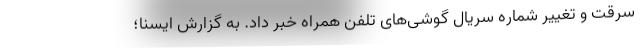
سرقت و تغییر شماره سریال گوشی‌های تلفن همراه خبر داد. به گزارش ایسنا؛